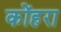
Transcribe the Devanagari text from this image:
कोंहरा